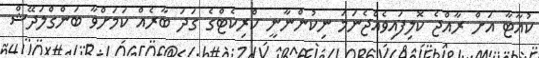
ކުއާޓާ އަށް ރާއްޖެ ކޮލިފައިވެއްޖެނަމަ ނިކުންނާނީ ކްރިކެޓްގެ ގަދަ ބާރެއް ކަމަށްވާ ބަންގްލަދޭޝް